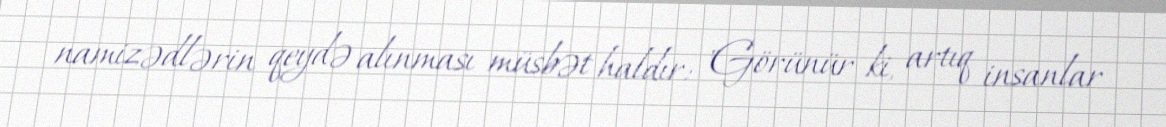
namizədlərin qeydə alınması müsbət haldır: "Görünür ki, artıq insanlar